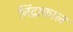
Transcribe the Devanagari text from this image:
निंद्राकाल